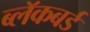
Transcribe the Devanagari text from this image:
ब्लॅकबर्ड